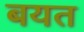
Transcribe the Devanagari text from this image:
बयत